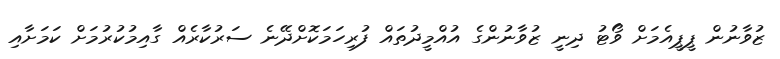
ޒުވާނުން ޕީޕީއެމަށް ވޯޓު ދިނީ ޒުވާނުންގެ އުއްމީދުތައް ފުރިހަމަކޮށްދޭނެ ސަރުކާރެއް ގާއިމުކުރުމަށް ކަމަށާއި